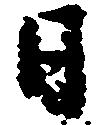
日